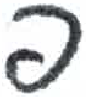
אות: פ